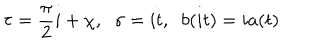
\tau = \frac { \pi } { 2 } i + \chi , \; \; \sigma = i t , \; \; b ( i t ) = i a ( t )